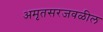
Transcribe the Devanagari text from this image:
अमृतसरजवळील